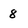
Character: 8